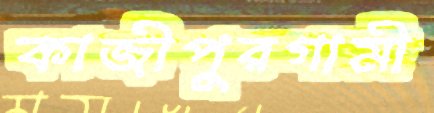
কাজীপুরগামী